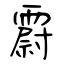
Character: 霨